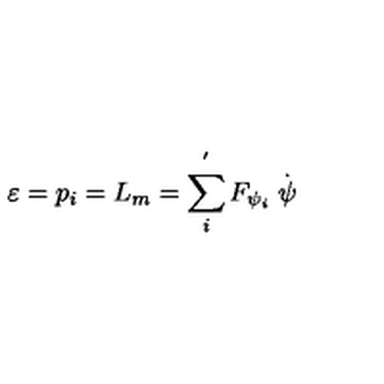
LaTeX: \varepsilon = p _ { i } = L _ { m } = \sum _ { i } ^ { ^ { \prime } } F _ { \psi _ { i } } \stackrel { . } { \psi }